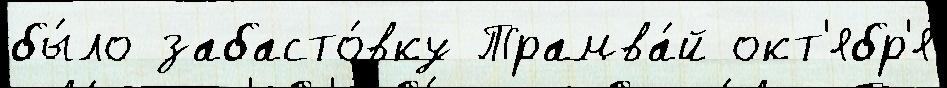
бы́ло забасто́вку Трамва́й окт'ябр'я́